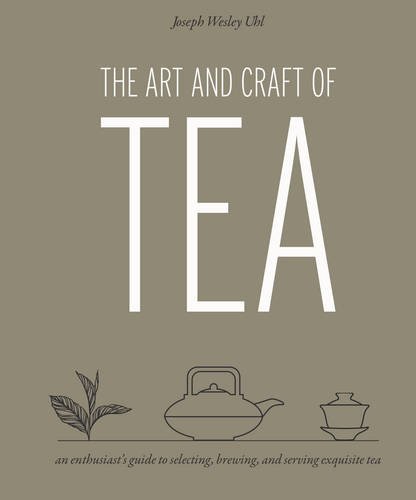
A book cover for The Art and Craft of Tea: An Enthusiast's Guide to Selecting, Brewing, and Serving Exquisite Tea; Joseph Wesley Uhl; Cookbooks, Food & Wine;